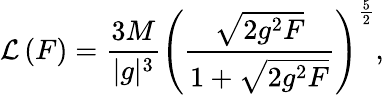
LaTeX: \mathcal{L}\left(F\right)=\frac{3M}{\vert g\vert^{3}}\left(\frac{\sqrt{2g^{2}F}}{1+\sqrt{2g^{2}F}}\right)^{\frac{5}{2}},